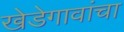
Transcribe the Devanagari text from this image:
खेडेगावांचा